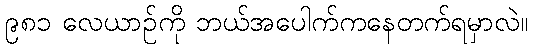
၉၈၁ လေယာဉ်ကို ဘယ်အပေါက်ကနေတက်ရမှာလဲ။